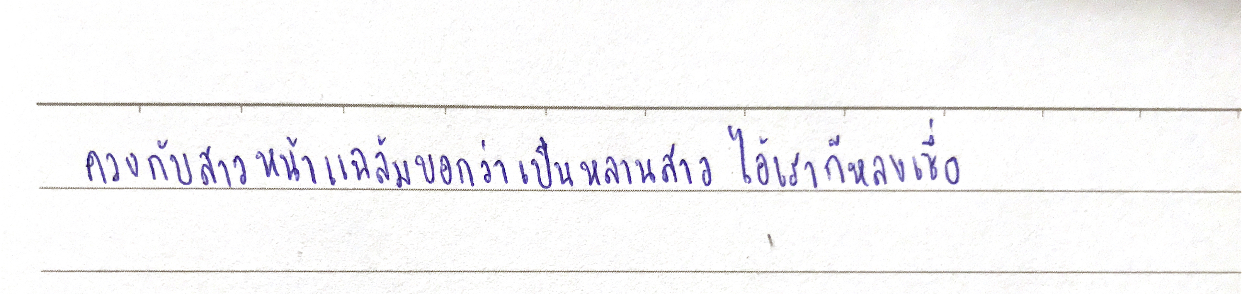
ควงกับสาวหน้าแฉล้มบอกว่าเป็นหลานสาวไอ้เราก็หลงเชื่อ